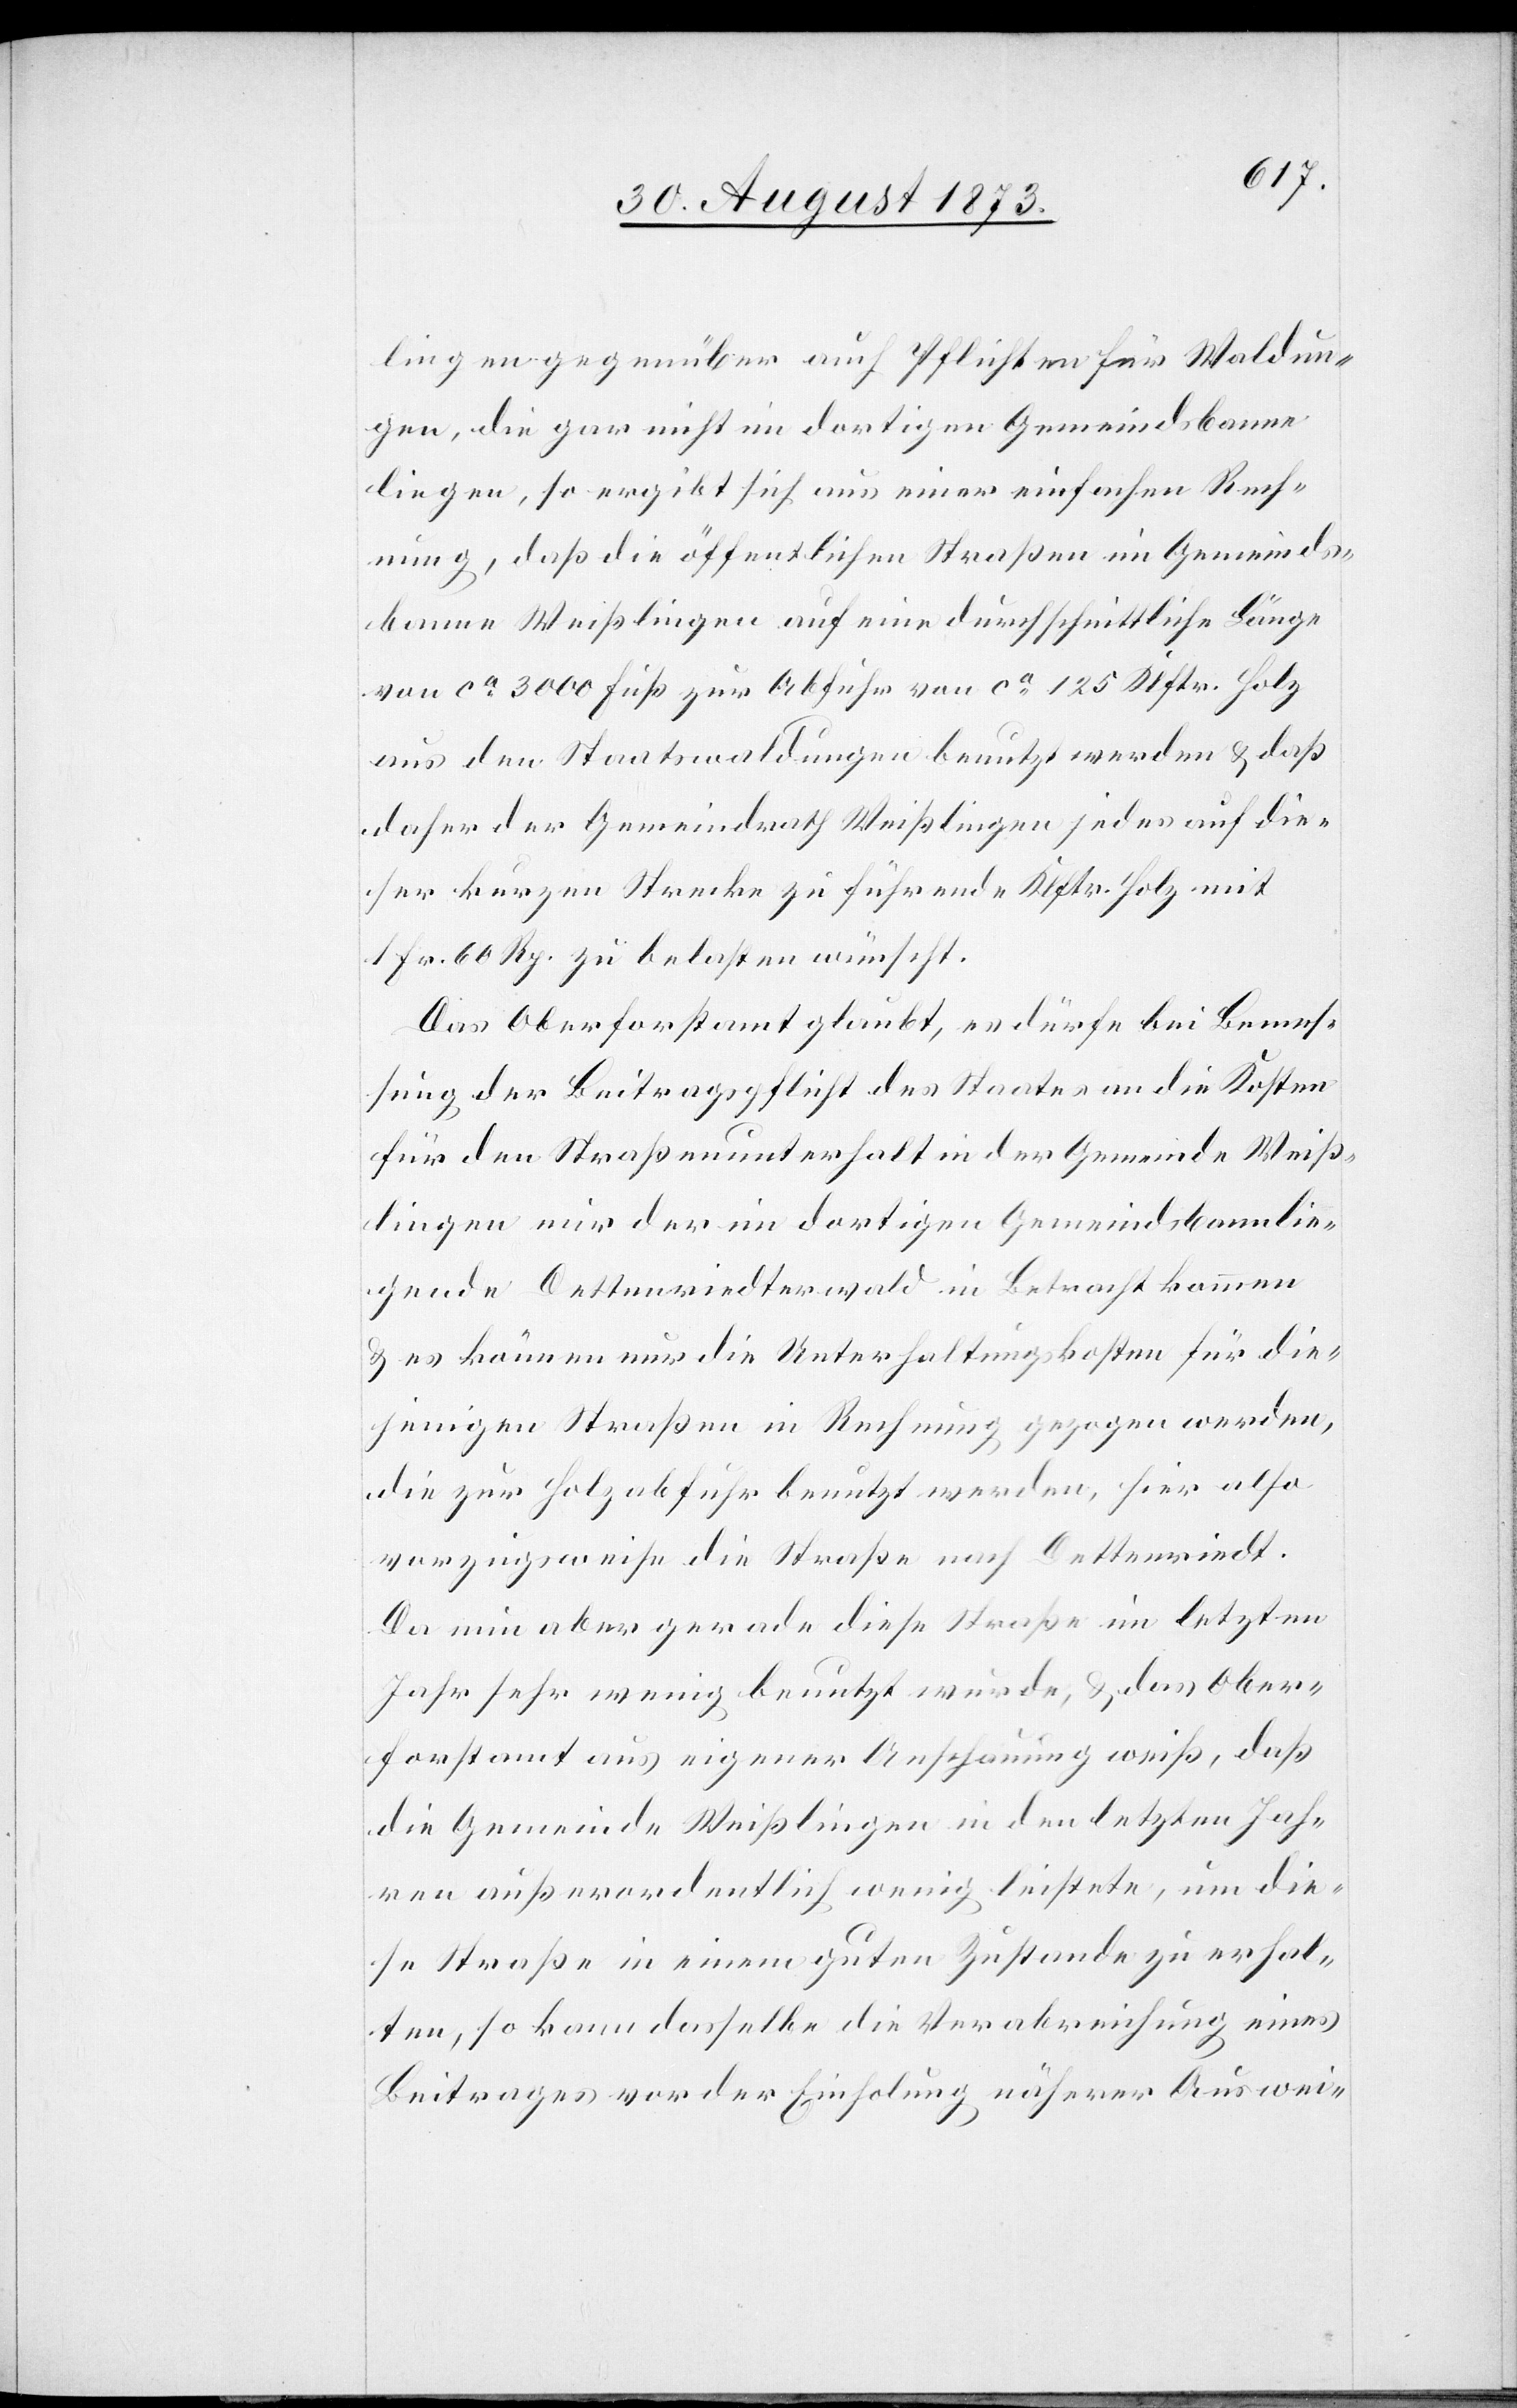
lingen gegenüber auch Pflichten für Waldun¬
gen, die gar nicht im dortigen Gemeindsbanne
liegen, so ergibt sich aus einer einfachen Rech¬
nung, daß die öffentlichen Straßen im Gemeinds¬
banne Weißlingen auf eine durchschnittliche Länge
von ca 3 000 Fuß zur Abfuhr von ca 125 Klftr. Holz
aus den Staatswaldungen benutzt werden & daß
daher der Gemeindrath Weißlingen jedes auf die¬
ser kurzen Strecke zu führende Klftr. Holz mit
1 Fr. 60 Rp. zu belasten wünscht.
Das Oberforstamt glaubt, es dürfe bei Bemes¬
sung der Beitragspflicht des Staates an die Kosten
für den Straßenunterhalt in der Gemeinde Weiß¬
lingen nur der im dortigen Gemeindsbann lie¬
gende Dettenriedterwald in Betracht kommen
& es können nur die Unterhaltungskosten für die¬
jenigen Straßen in Rechnung gezogen werden,
die zur Holzabfuhr benutzt werden, hier also
vorzugsweise die Straße nach Dettenriedt.
Da nun aber gerade diese Straße im letzten
Jahr sehr wenig benutzt wurde, & das Ober¬
forstamt aus eigener Anschauung weiß, daß
die Gemeinde Weißlingen in den letzten Jahr¬
en außerordentlich wenig leistete, um die¬
se Straße in einem guten Zustande zu erhal¬
ten, so kann dasselbe die Verabreichung eines
Beitrages vor der Einholung näherer Auswei-